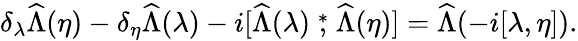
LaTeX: \delta_{\lambda}\widehat\Lambda(\eta)-\delta_{\eta}\widehat\Lambda(\lambda)-i[\widehat\Lambda(\lambda)\stackrel{*}{,}\widehat\Lambda(\eta)]=\widehat\Lambda(-i[\lambda,\eta]).